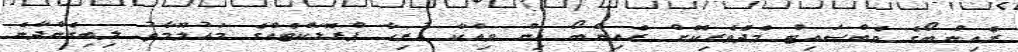
ރެއިންބޯގެ ވެބްސައިޓް މެދެވެރިކޮށް ރެއިންބޯ އިން ވިއްކާ ހުރިހާ ޕްރޮޑަކްޓެއްގެ މައުލޫމާތު ލިބިގެންދާނެ